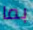
بما